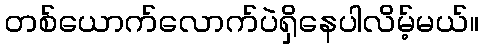
တစ်ယောက်လောက်ပဲရှိနေပါလိမ့်မယ်။